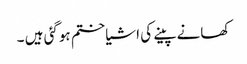
کھانے پینے کی اشیا ختم ہوگئی ہیں ۔